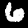
Digit: 6